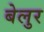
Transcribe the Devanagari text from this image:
बेलुर